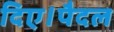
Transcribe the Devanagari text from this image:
दिए।पैदल